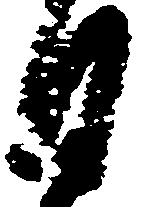
日